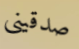
صدقينى